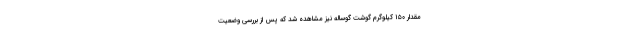
مقدار ۱۵۰ کیلوگرم گوشت گوساله نیز مشاهده شد که پس از بررسی وضعیت